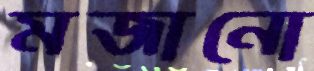
মজানো